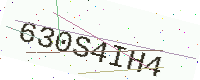
Text: 630S4IH4